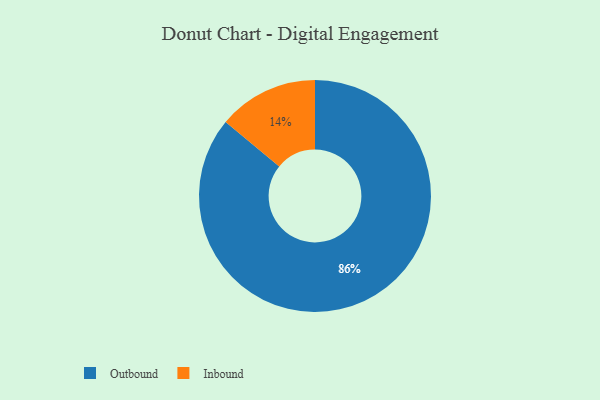
{"axis": {"x": "Category", "y": "Percentage"}, "legend": ["Inbound", "Outbound"], "data": [{"x": "Inbound", "y": 14, "type": "Inbound"}, {"x": "Outbound", "y": 86, "type": "Outbound"}]}